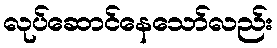
လုပ်ဆောင်နေသော်လည်း